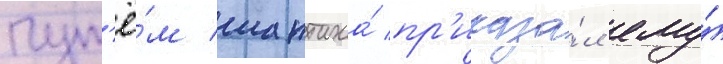
пут'ё́м шантажа́ пр'иказа́л ему́